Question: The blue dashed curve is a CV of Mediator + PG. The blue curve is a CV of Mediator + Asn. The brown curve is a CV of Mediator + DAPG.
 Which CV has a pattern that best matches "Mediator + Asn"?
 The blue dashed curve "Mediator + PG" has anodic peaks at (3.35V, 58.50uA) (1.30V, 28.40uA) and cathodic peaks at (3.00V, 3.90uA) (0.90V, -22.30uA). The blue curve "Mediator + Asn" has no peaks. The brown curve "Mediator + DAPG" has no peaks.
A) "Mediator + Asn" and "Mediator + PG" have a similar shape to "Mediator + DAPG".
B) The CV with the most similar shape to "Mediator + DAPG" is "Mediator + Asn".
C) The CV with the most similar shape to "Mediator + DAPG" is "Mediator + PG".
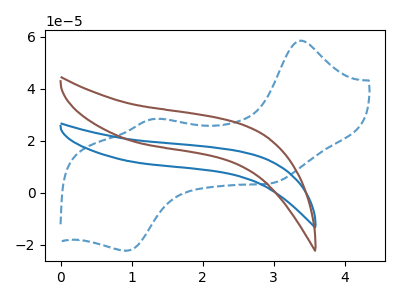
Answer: <think>"Mediator + PG" and "Mediator + Asn" have a different number of peaks. "Mediator + PG" and "Mediator + DAPG" have a different number of peaks. Neither "Mediator + Asn" or "Mediator + DAPG" have any peaks.
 </think>
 <answer>B) The CV with the most similar shape to "Mediator + DAPG" is "Mediator + Asn".</answer>
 <eval>B</eval>